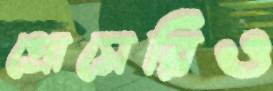
প্রোসেরিও